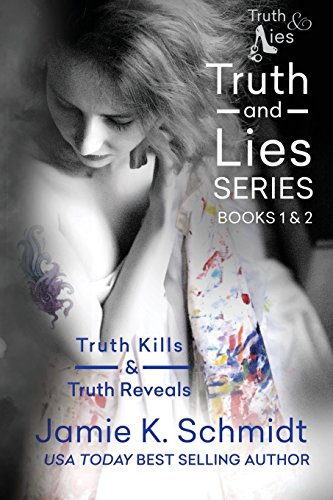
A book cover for Truth Kills & Truth Reveals: Books 1 & 2 of the Truth & Lies Series; Jamie K. Schmidt; Romance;